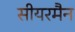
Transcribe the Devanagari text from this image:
सीयरमैन